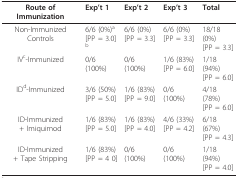
<table><thead><tr><td><b>Route of Immunization</b></td><td><b>Exp&#x27;t 1</b></td><td><b>Exp&#x27;t 2</b></td><td><b>Exp&#x27;t 3</b></td><td><b>Total</b></td></tr></thead><tbody><tr><td>Non-Immunized Controls</td><td>6/6 (0%)<sup>a</sup>[PP = 3.0]<sup>b</sup></td><td>6/6 (0%)[PP = 3.3]</td><td>6/6 (0%)[PP = 3.3]</td><td>18/18 (0%)[PP = 3.3]</td></tr><tr><td>IV<sup>c</sup>-Immunized</td><td>0/6 (100%)</td><td>0/6 (100%)</td><td>1/6 (83%)[PP = 6.0]</td><td>1/18 (94%)[PP = 6.0]</td></tr><tr><td>ID<sup>d</sup>-Immunized</td><td>3/6 (50%)[PP = 5.0]</td><td>1/6 (83%)[PP = 9.0]</td><td>0/6 (100%)</td><td>4/18 (78%)[PP = 6.0]</td></tr><tr><td>ID-Immunized+ Imiquimod</td><td>1/6 (83%)[PP = 5.0]</td><td>1/6 (83%)[PP = 4.0]</td><td>4/6 (33%)[PP = 4.2]</td><td>6/18 (67%)[PP = 4.3]</td></tr><tr><td>ID-Immunized+ Tape Stripping</td><td>1/6 (83%)[PP = 4 0]</td><td>0/6 (100%)</td><td>0/6 (100%)</td><td>1/18 (94%)[PP = 4.0]</td></tr></tbody></table>